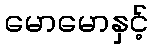
မောမောနှင့်